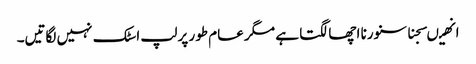
انھیںسجنا سنورنا اچھا لگتا ہے مگر عام طور پر لپ اسٹک نہیں لگاتیں۔